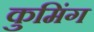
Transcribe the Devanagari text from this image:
कुमिंग